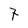
Character: 7